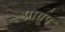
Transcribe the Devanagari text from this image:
प्राग्रूप